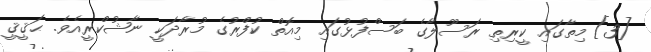
[3] މިތާގައި ކީރިތި ރަސޫލާގެ ބަސްފުޅުގައި މިއޮތް ކުފްރުގެ މުރާދަކީ ނާޝުކްރީއެވެ. ޙަޤީޤީ